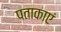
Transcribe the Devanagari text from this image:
पताकाएं